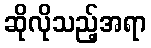
ဆိုလိုသည့်အရာ